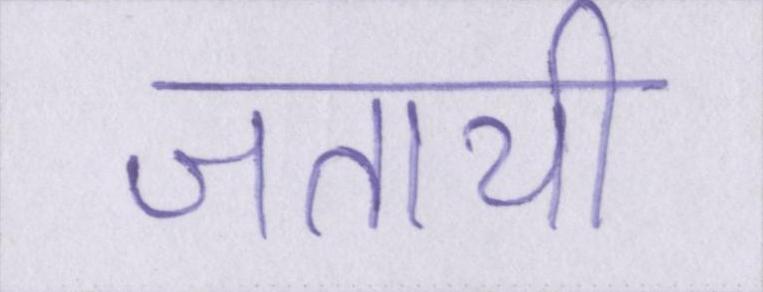
जतायी